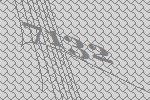
7132